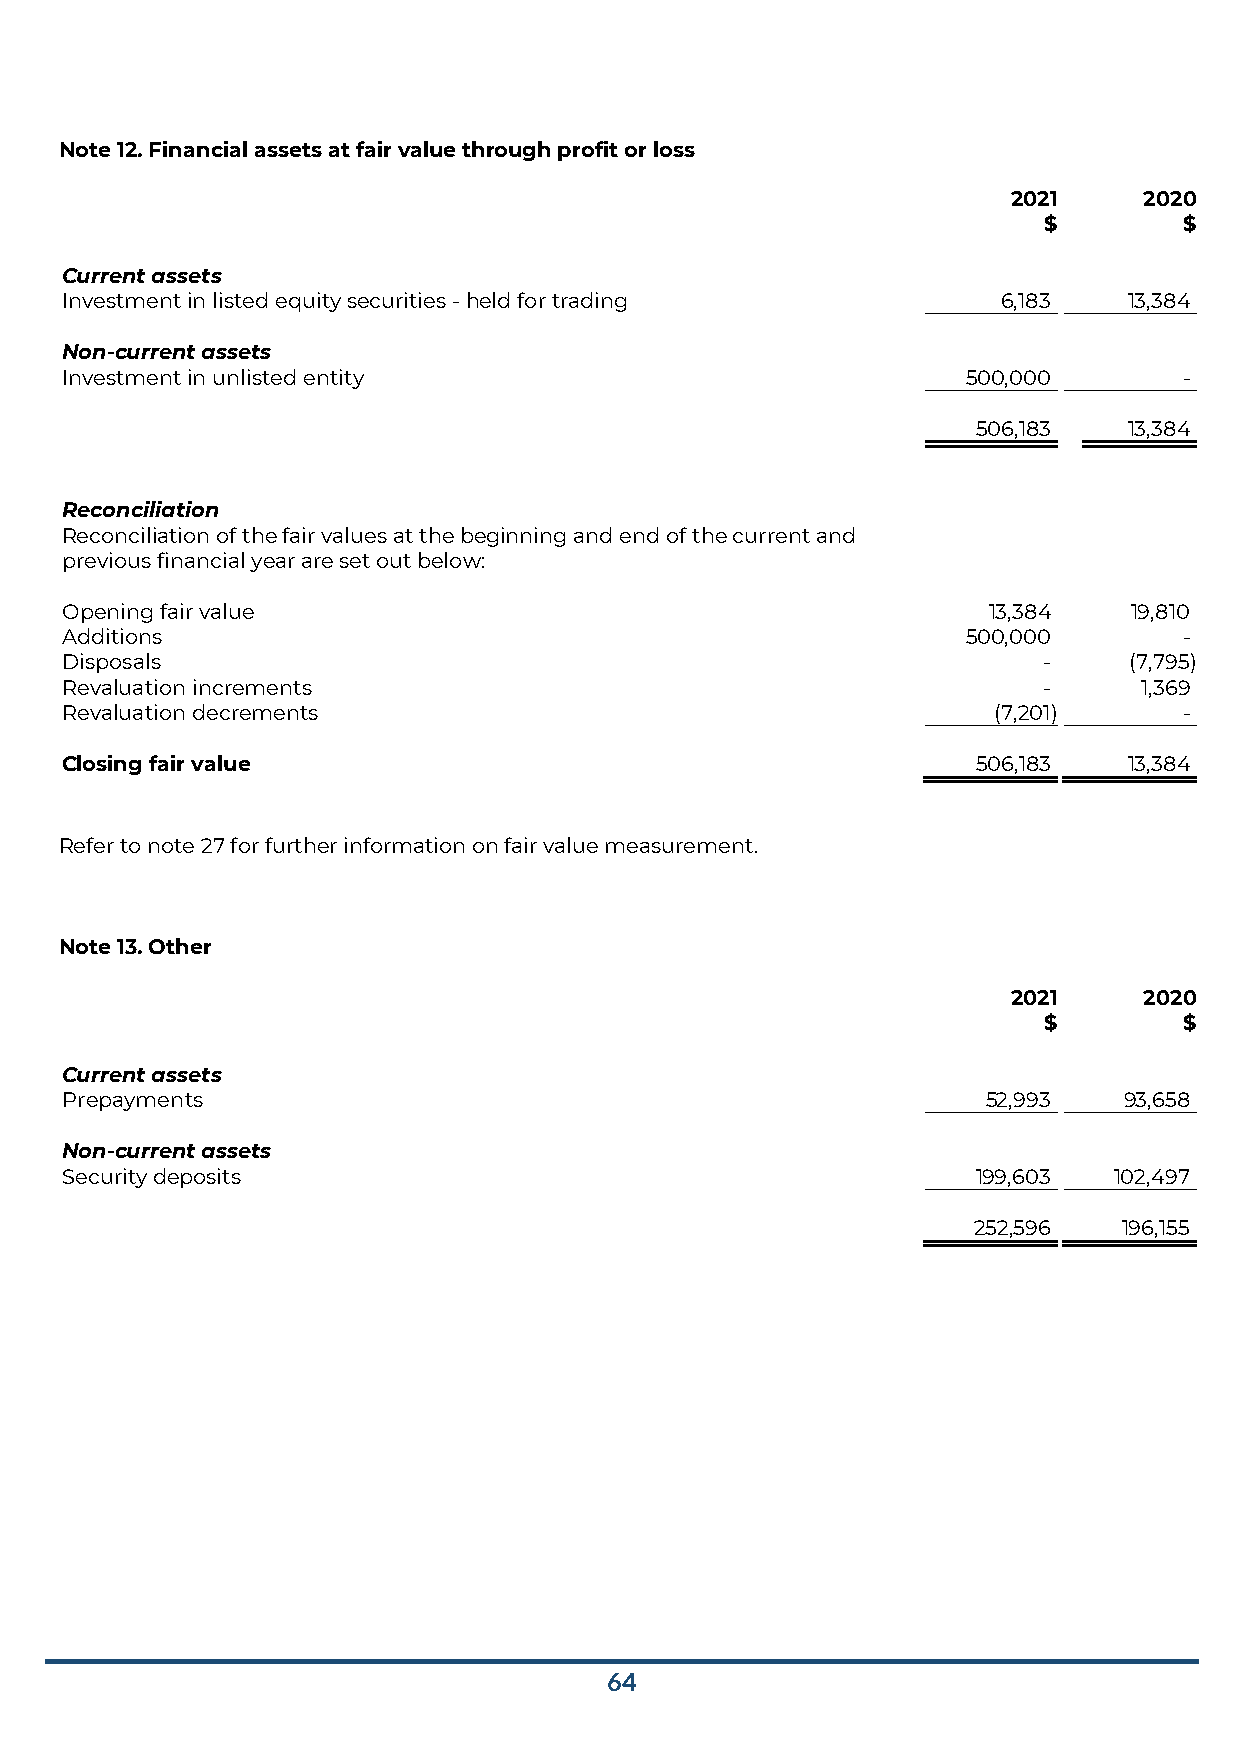
Note 12. Financial assets at fair value through profit or loss
 2021     2020
 $        $
 Current assets
 Investment in listed equity securities - held for trading     6,183    13,384
 Non-current assets
 Investment in unlisted entity                               500,000       -
 506,183   13,384
 Reconciliation
 Reconciliation of the fair values at the beginning and end of the current and
 previous financial year are set out below:
 Opening fair value                                           13,384    19,810
 Additions                                                   500,000       -
 Disposals                                                        -     (7,795)
 Revaluation increments                                           -      1,369
 Revaluation decrements                                        (7,201)     -
 Closing fair value                                           506,183   13,384
 Refer to note 27 for further information on fair value measurement.
 Note 13. Other
 2021     2020
 $        $
 Current assets
 Prepayments                                                  52,993   93,658
 Non-current assets
 Security deposits                                            199,603  102,497
 252,596   196,155
 64